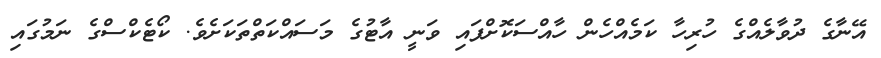
އޭނާގެ ދުވާލެއްގެ ހުރިހާ ކަމެއްހެން ހާއްސަކޮށްފައި ވަނީ އާޓުގެ މަސައްކަތްތަކަށެވެ. ކޯޓެކްސްގެ ނަމުގައި